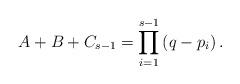
LaTeX: \begin{align*} A+B+C_{s-1}=\prod_{i=1}^{s-1}\left(q- p_i \right). \end{align*}